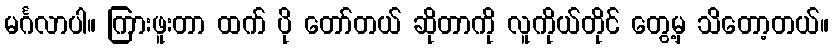
မင်္ဂလာပါ။ ကြားဖူးတာ ထက် ပို တော်တယ် ဆိုတာကို လူကိုယ်တိုင် တွေ့မှ သိတော့တယ်။